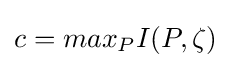
\displaystyle c=max_{P}I(P,\zeta )